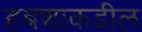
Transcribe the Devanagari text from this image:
हबशाकडील